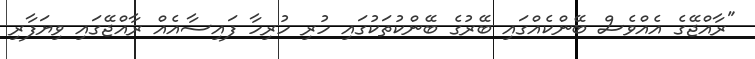
"ރާއްޖޭގެ އެއްވެސް ބޭންކެއްގައި ބޭރުގެ ބޭންކުތަކުގައި ހުރި ހުރިހާ ފައިސާއެއް ރާއްޖޭގައި ވިޔަފާރި